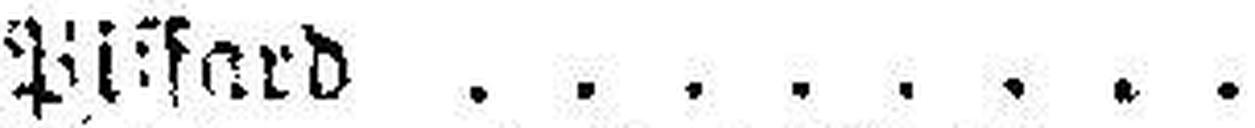
Pi###fard